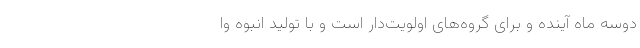
دوسه ماه آینده و برای گروه‌های اولویت‌دار است و با تولید انبوه وا